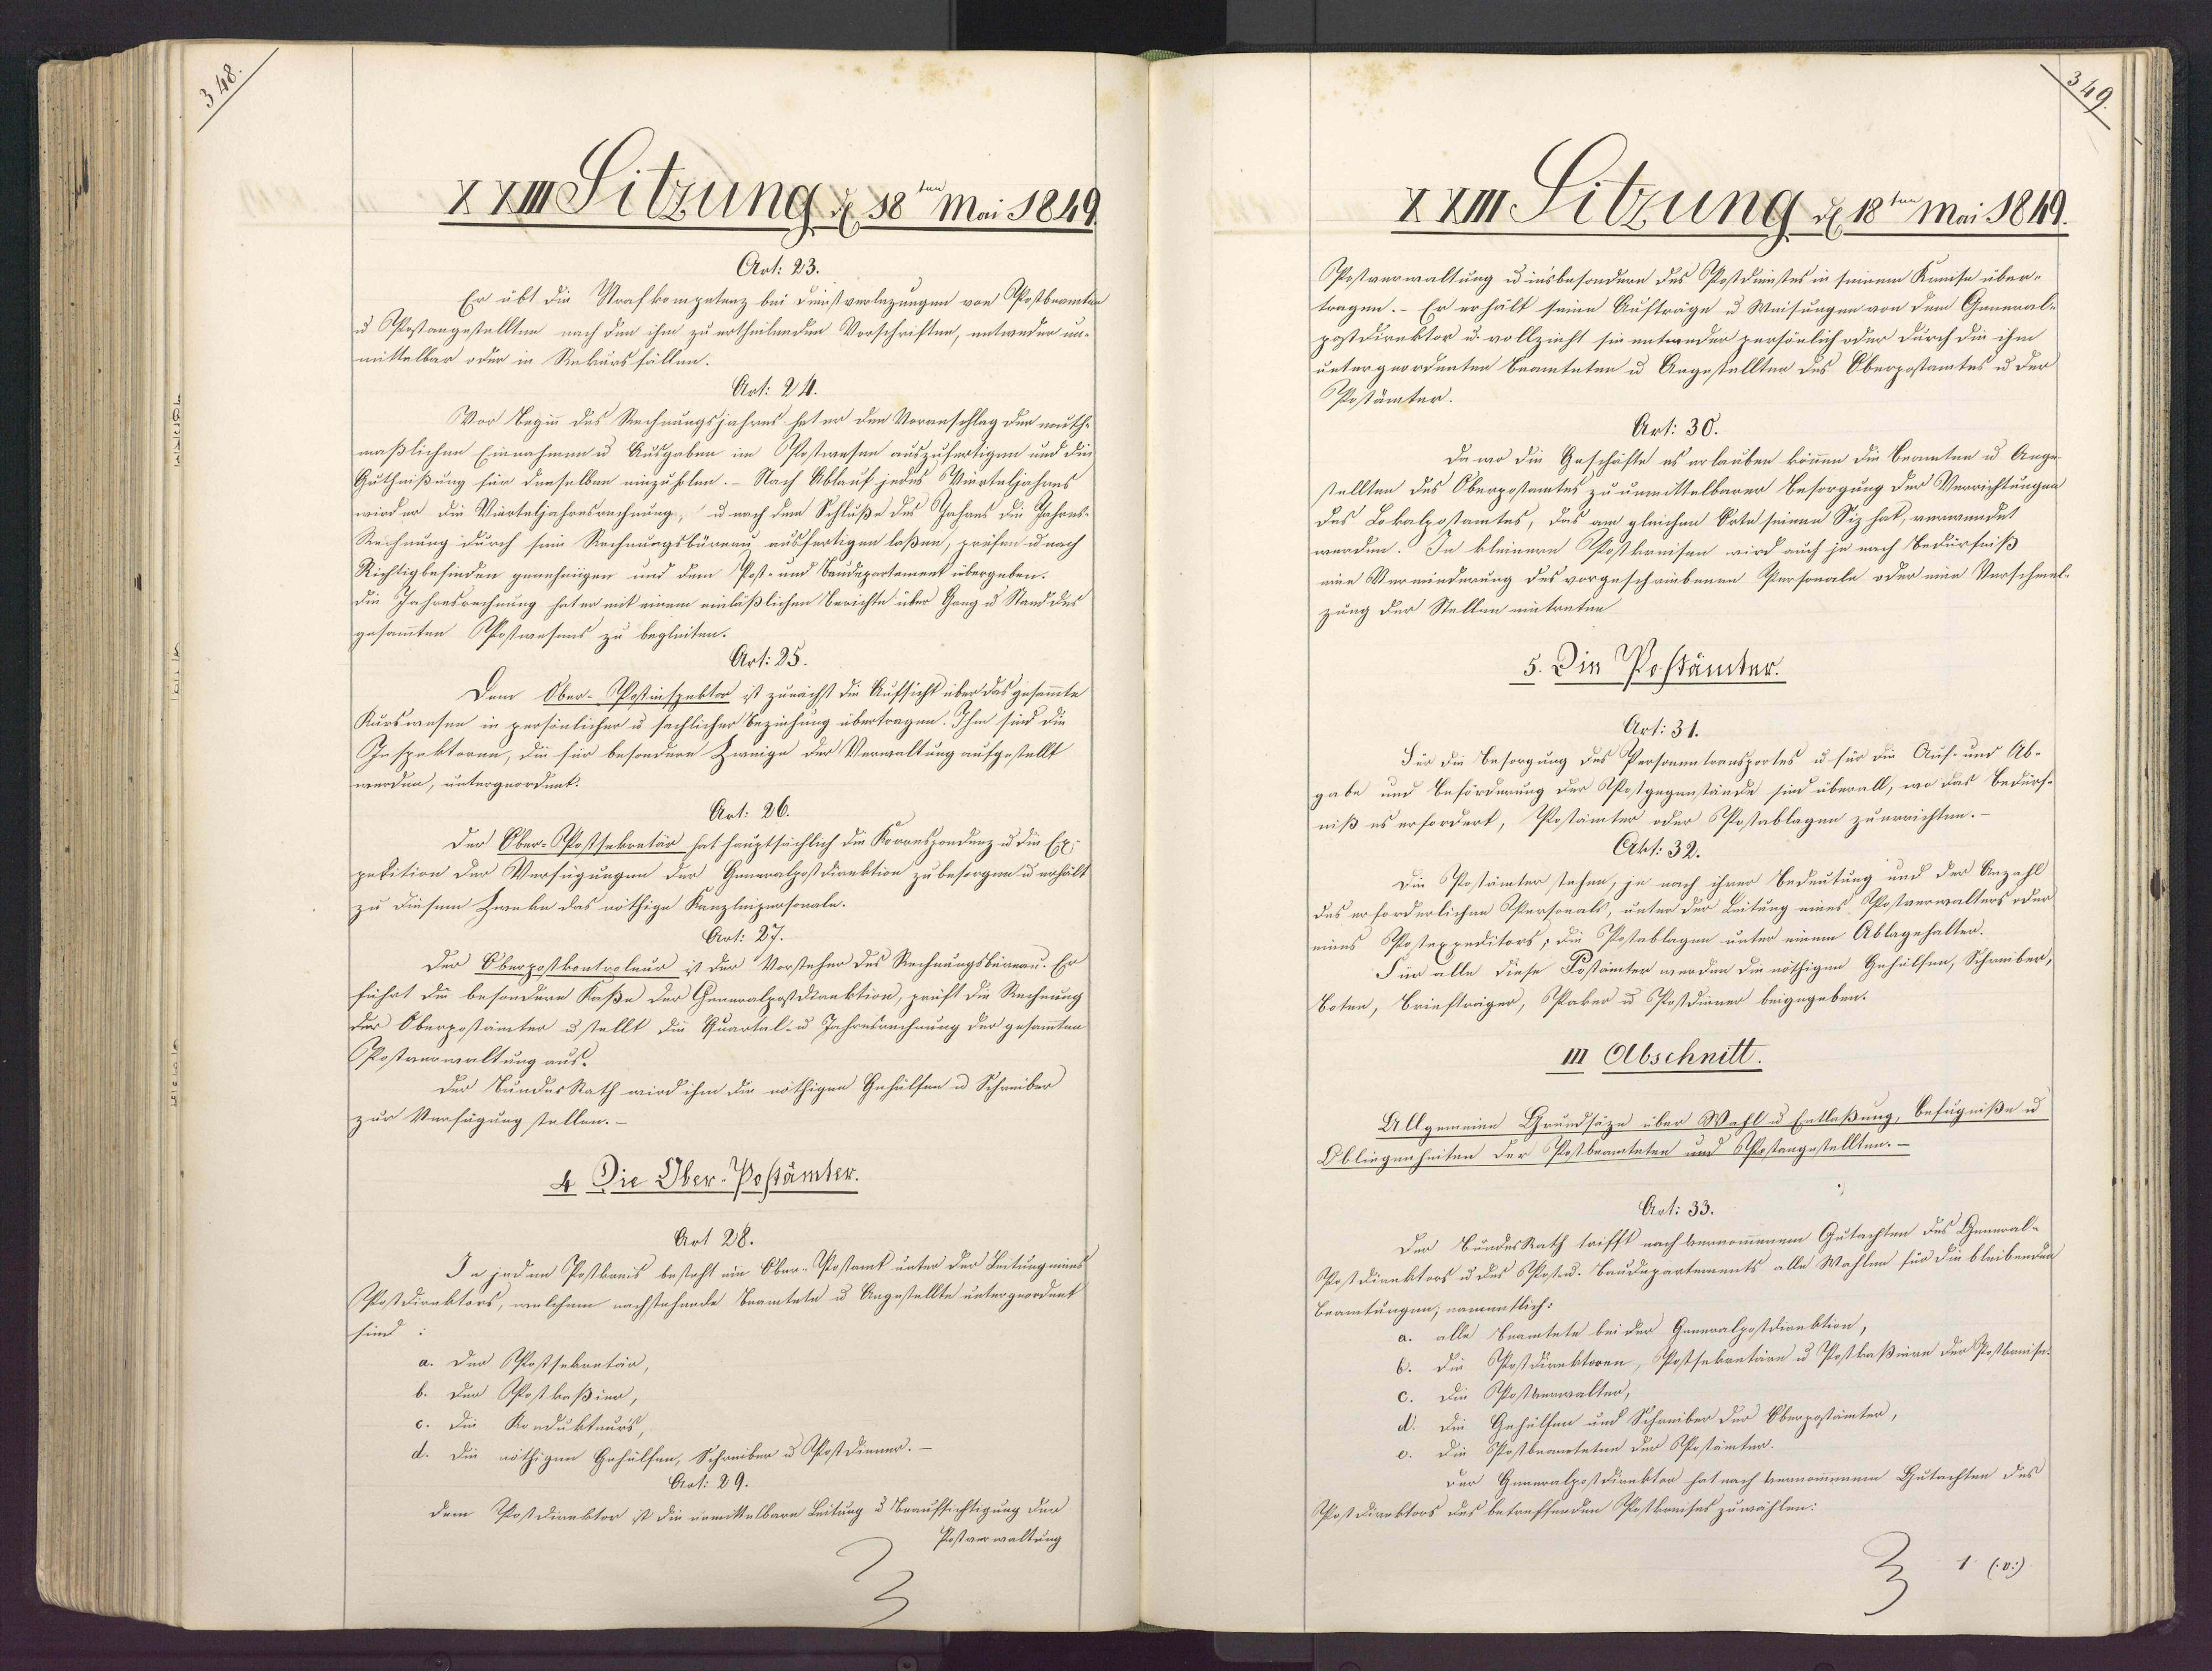
XXIIDiGzung d 38te Mai 1849.
Art: 23.
Er übt die Strafkompetenz bei Dienstverlezungen von Postbeamten
u OPostangestellten nach den ihm zu ertheilenden Vorschriften, entweder un¬
mittelbar oder in Rekursfällen.
Art: 24.
Vor Begin des Rechnungsjahres hat er den Voranschlag der muth-
maßlichen Einnahmen u Ausgaben im PPostwesen auszufertigen und die
Guthnißung für denselben einzuholen. - Nach Ablauf jedes Wierteljahres
wird er die Vierteljahresrechnung, u nach dem Schluße des Jahres die Jahres-
Rechnung durch sein Rechnungsbüreau ausfertigen laßen, prefen u nach
Richtigbefinden genehmigen und dem Post- und Baudepartement übergeben:
die Jahresrechnung hat er mit einem einläßlichen Berichte über Gang u Stand des
gesammten Pfostwesens zu begleiten.
Art: 25.
Dem Ober-Postinspektor ist zunächst die Aufsicht über das gesammte
Kurswesen in persönlicher u sachlicher Beziehung übertragen. Ihm sind die
Inspektoren, die für besondere Zweige der Verwaltung aufgestellt
werden, untergeordnet.
Art. 26.
Der Ober-Postsekretär hat hauptsächlich die Korrespondung u die Ex¬
pekition der Verfügungen der Generalpostdirektion zu besorgen u erhält
zu diesem Zweke das nöthige Kanzlnipersonale.
Art: 27.
Der Oberpostkontroleur ist der Vorsteher des Rechnungsbereau. Er
führt die besondere Kaße der Generalposdirektion, prift die Rechnung
der Oberposämter u stellt die Quartal- u Jahresrechnung der gesammten
PPostaurwaltung aus.
Der BunderRath wird ihm die nöthigen Gehülfen u Schreiber
zur Verfügung stellen.-
4 Die Ober-Postämter.
Art 28.
In jedem Postkanis besteht ein Ober-Wostamt unter der Leitungmins
Postdiraktors, welchem nachstehende Beamtete u Angestellte untergeordnet
sind
a. Der Postsekantän,
b. Der Postkaßien,
c. Die Kondukteurs
d. Die nöthigen Gehülfen, Schreiber u Asostdiener.
Arat: 29.
dem Postdirektor ist die unmittelbare Leitung u Beaufsichtigung den
Postverwaltung

XXIIISitzung d 18te Mai 1849.
Postverwaltung u insbesondern des Postdinnstes in seinem Kreise über¬
tragen. – Er erhält seine Aufträge u Weisungen von dem General-
postdirektor u. vollzicht sie entweder persönlich oder durch die ihm
untergeordenten Beamteten u Angestellten des Oberpostamtes u der
Postämter.
Art: 30.
Da wo die Geschäfte es erlauben kommen die Beamten u Ange-
stellten des Oberpostamtes zu unmittelbarer Besorgung der Verrichtungen
des Lokalzostamtes, das am gleichen Oote seinen Siz hat, verwendet
werden. In kleinern Postkreisen wird auch je nach Bedürfniß
eine Verminderung des vorgeschriebenen Personale oder eine Verschmel-
zung der Stellen eitreten
5. Die Postämter.
Art: 31.
Für die Besorgung des Peosonentoansportes u für die Auf- und Ab-
gabe und Beförderung der Apostgegenstände sind überall, wo das Bedürf-
niß es erfordert, Postämter oder Postablagen zuerrichten.-
Akt: 32.
Die Postämter stehen, je nach ihrer Bedeutung und der Anzahl
des erforderlichen Ppersonals, unter der Leitung eines Ppostverwalters oder
eines Ppostexpeditors; die Posteblagen unter einem Ablagehalten.
Für alle diese Postämter werden die nöthigen Gehülfen, Schreiber,
Boten, Briefträger, SPaker u Postdiener beigegeben.
I Olbschnitt
Allgemeine Grundsäze über Wahl u Entlaßung, befugniße u
Obliegenheiten der Postbeamteten und 6Pestangestellten.-
Art: 33.
Der BundesRath trifft nach vernommenem Gutachten des General-
Post dianktors u des Postu. Baudepartements alle Wahlen für die bleibenden
Beamtungen; namentlich:
a. alle Beamtete bei der Generalpostdirektion,
6. Die Postdirektoren, Postsekretärn u Postkaßiere der Postkaniset
c. Die Ppostverwalter,
D. Die Gehülfen und Schreiber der Oberpostamten,
c. Die Postbeanteten der Oposämten.
Dur Generalpostdirektor hat nach vernommenem Gutachten des
Apost Diroktors des betreffenden Postkrnises zuwählen:
2110)